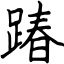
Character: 踳